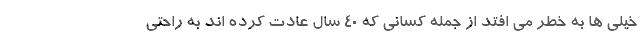
خیلی ها به خطر می افتد از جمله کسانی که ۴۰ سال عادت کرده اند به راحتی